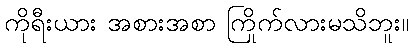
ကိုရီးယား အစားအစာ ကြိုက်လားမသိဘူး။